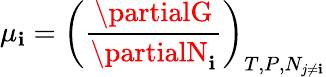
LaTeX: \mu_{\mathbf{i}}=\left({\frac{{\partialG}}{{\partialN_{\mathbf{i}}}}}\right)_{T,P,N_{j\neq\mathbf{i}}}